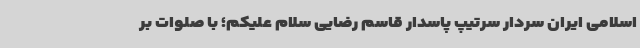
اسلامی ایران سردار سرتیپ پاسدار قاسم رضایی سلام علیکم؛ با صلوات بر